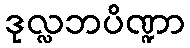
ဒုလ္လဘပိဏ္ဍာ